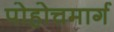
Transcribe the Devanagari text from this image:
पोहोचमार्ग